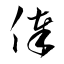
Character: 俸